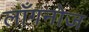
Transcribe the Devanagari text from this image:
लाँगनोज